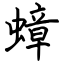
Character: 蟑